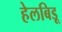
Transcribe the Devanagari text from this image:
हेलबिड़ू